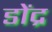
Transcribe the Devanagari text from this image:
डोंद्र